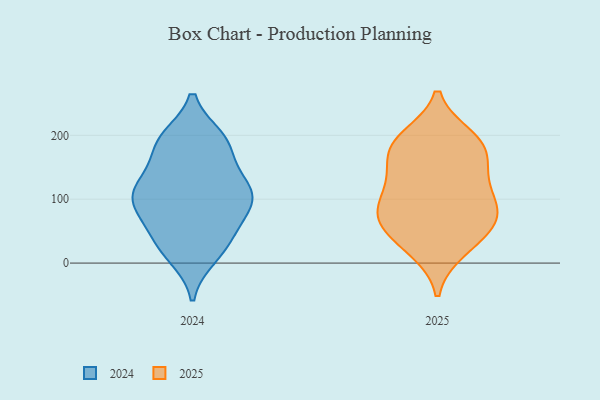
{"axis": {"x": "Page Views", "y": "Value"}, "legend": ["2024", "2025"], "data": [{"x": "", "y": 192, "type": "2024"}, {"x": "", "y": 30, "type": "2024"}, {"x": "", "y": 59, "type": "2024"}, {"x": "", "y": 82, "type": "2024"}, {"x": "", "y": 111, "type": "2024"}, {"x": "", "y": 70, "type": "2024"}, {"x": "", "y": 191, "type": "2024"}, {"x": "", "y": 175, "type": "2024"}, {"x": "", "y": 11, "type": "2024"}, {"x": "", "y": 104, "type": "2024"}, {"x": "", "y": 109, "type": "2024"}, {"x": "", "y": 88, "type": "2024"}, {"x": "", "y": 108, "type": "2024"}, {"x": "", "y": 136, "type": "2024"}, {"x": "", "y": 17, "type": "2024"}, {"x": "", "y": 195, "type": "2024"}, {"x": "", "y": 188, "type": "2024"}, {"x": "", "y": 127, "type": "2024"}, {"x": "", "y": 116, "type": "2024"}, {"x": "", "y": 35, "type": "2024"}, {"x": "", "y": 197, "type": "2025"}, {"x": "", "y": 102, "type": "2025"}, {"x": "", "y": 121, "type": "2025"}, {"x": "", "y": 86, "type": "2025"}, {"x": "", "y": 57, "type": "2025"}, {"x": "", "y": 20, "type": "2025"}, {"x": "", "y": 69, "type": "2025"}, {"x": "", "y": 141, "type": "2025"}, {"x": "", "y": 139, "type": "2025"}, {"x": "", "y": 170, "type": "2025"}, {"x": "", "y": 25, "type": "2025"}, {"x": "", "y": 84, "type": "2025"}, {"x": "", "y": 73, "type": "2025"}, {"x": "", "y": 54, "type": "2025"}, {"x": "", "y": 193, "type": "2025"}, {"x": "", "y": 182, "type": "2025"}, {"x": "", "y": 186, "type": "2025"}]}